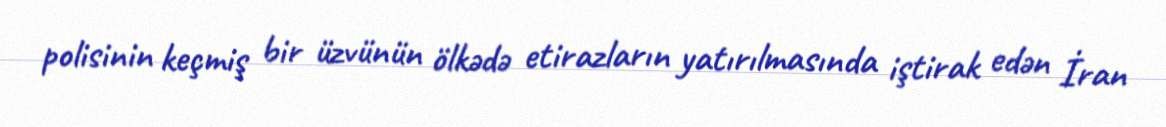
polisinin keçmiş bir üzvünün ölkədə etirazların yatırılmasında iştirak edən İran